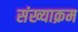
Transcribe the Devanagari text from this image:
संख्याक्रम